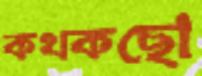
কথকছো